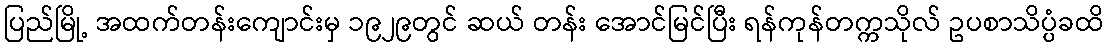
ပြည်မြို့ အထက်တန်းကျောင်းမှ ၁၉၂၉တွင် ဆယ် တန်း အောင်မြင်ပြီး ရန်ကုန်တက္ကသိုလ် ဥပစာသိပ္ပံခထိ